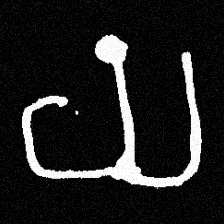
Pyu character \u2014 Myanmar letter: ယ (romanized: ya)